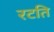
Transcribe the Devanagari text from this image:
रटति